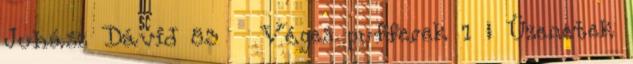
Juhász Dávid 83 Véges pufferek 1 ● Üzenetek